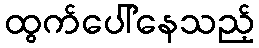
ထွက်ပေါ်နေသည့်